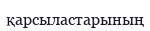
қарсыластарының